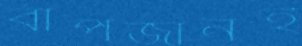
বাপজানই